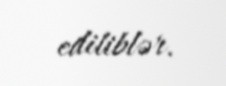
ediliblər.